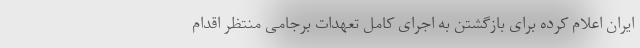
ایران اعلام کرده برای بازگشتن به اجرای کامل تعهدات برجامی منتظر اقدام